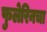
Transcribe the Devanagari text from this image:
फुलेरिनचा